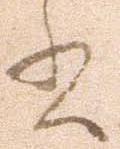
書